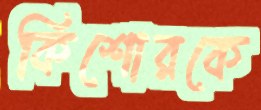
কিশোরকে